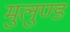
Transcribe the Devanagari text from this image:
मुलुण्ड